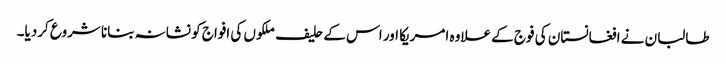
طالبان نے افغانستان کی فوج کے علاوہ امریکا اور اس کے حلیف ملکوں کی افواج کو نشانہ بنانا شروع کردیا۔